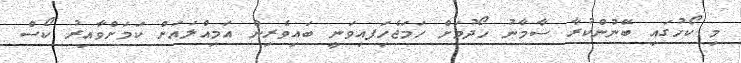
މި ކޯހުގައި ބޭނުންކުރާ ސާމާނު ހޯދުމަށް ހަމަޖެހިަފއިވަނީ ބައިވެރިން އަމިއްލައަށް ކަމަށްވާއިރު ކޯސް